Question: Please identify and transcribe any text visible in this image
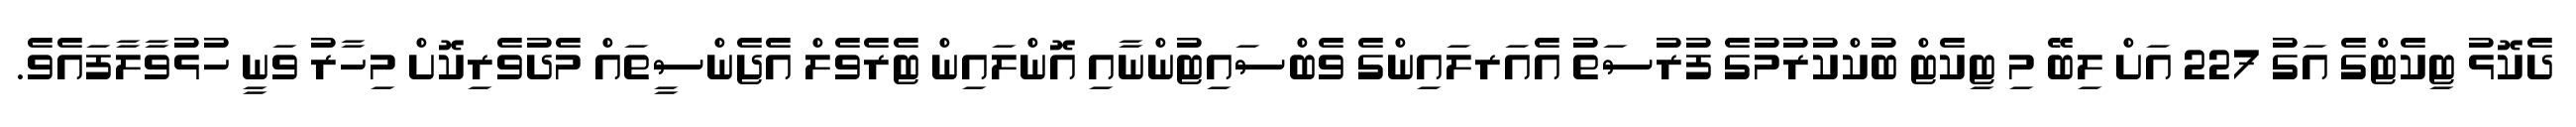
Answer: ދެކޮޅު ޓިކެޓްގެ އަގު 227 އަށް ލިބޭ މި ޓިކެޓް ބުކްކުރުމުގެ ފުރުސަތު އެއަރލައިންގެ ވެބްސައިޓުންނާއި އޮންލައިން ޓެރެވެލް އެޖެންސީތައް މެދުވެރިކޮށް މިހާރު ވަނީ ހުޅުވާލާފައެވެ.